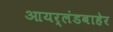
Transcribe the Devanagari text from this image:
आयर्लंडबाहेर